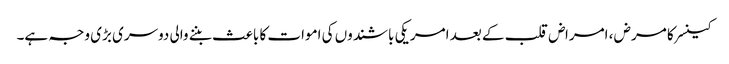
کینسر کا مرض ، امراض قلب کے بعد امریکی باشندوں کی اموات کا باعث بننے والی دوسری بڑی وجہ ہے۔